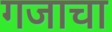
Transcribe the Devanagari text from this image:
गजाचा